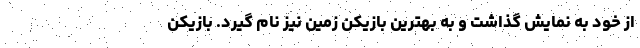
از خود به نمایش گذاشت و به بهترین بازیکن زمین نیز نام گیرد. بازیکن